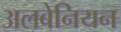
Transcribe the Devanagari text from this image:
अलबेनियन